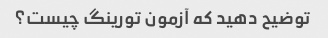
توضیح دهید که آزمون تورینگ چیست؟